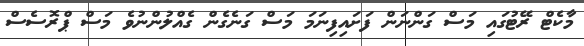
މާކެޓް ރޭޓުގައި މަސް ގަންނަން ފަށައިފިނަމަ މަސް ގަނެގެން ގެއްލުންނުވެ މަސް ޕްރޮސެސް